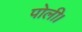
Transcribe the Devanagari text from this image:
पोली।